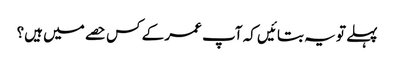
پہلے تو یہ بتائیں کہ آپ عمر کے کس حصے میں‌ ہیں؟